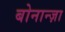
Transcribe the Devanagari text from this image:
बोनान्ज़ा